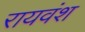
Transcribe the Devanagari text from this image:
रायवंश